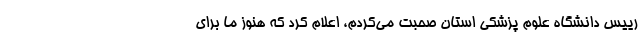
رییس دانشگاه علوم پزشکی استان صحبت می‌کردم، اعلام کرد که هنوز ما برای